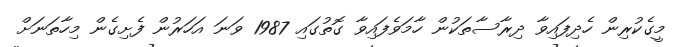
މީގެކުރިން ހެދިފައިވާ ދިރާސާތަކުން ހާމަވެފައިވާ ގޮތުގައި 1987 ވަނަ އަހަރުން ފެށިގެން މިހާތަނަށް